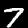
Digit: 7